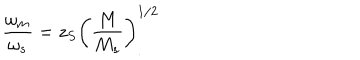
LaTeX: \frac { \omega _ { m } } { \omega _ { s } } = z _ { S } \left( \frac { M } { M _ { s } } \right) _ { . } ^ { 1 / 2 }